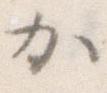
か